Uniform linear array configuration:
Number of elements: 4
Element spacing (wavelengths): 0.5
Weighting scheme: binomial
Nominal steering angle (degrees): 60
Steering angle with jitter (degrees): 60.672
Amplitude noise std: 0.05
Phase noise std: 0.05

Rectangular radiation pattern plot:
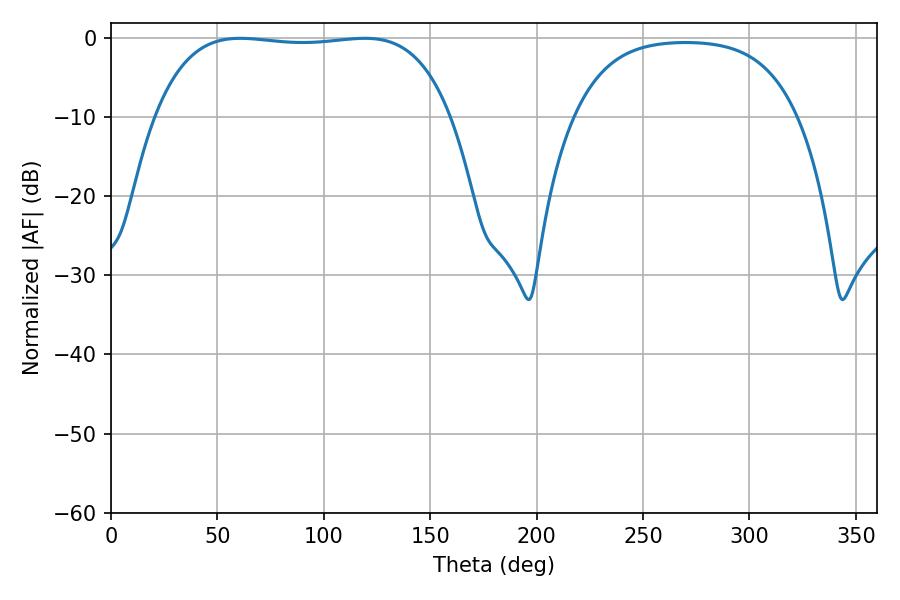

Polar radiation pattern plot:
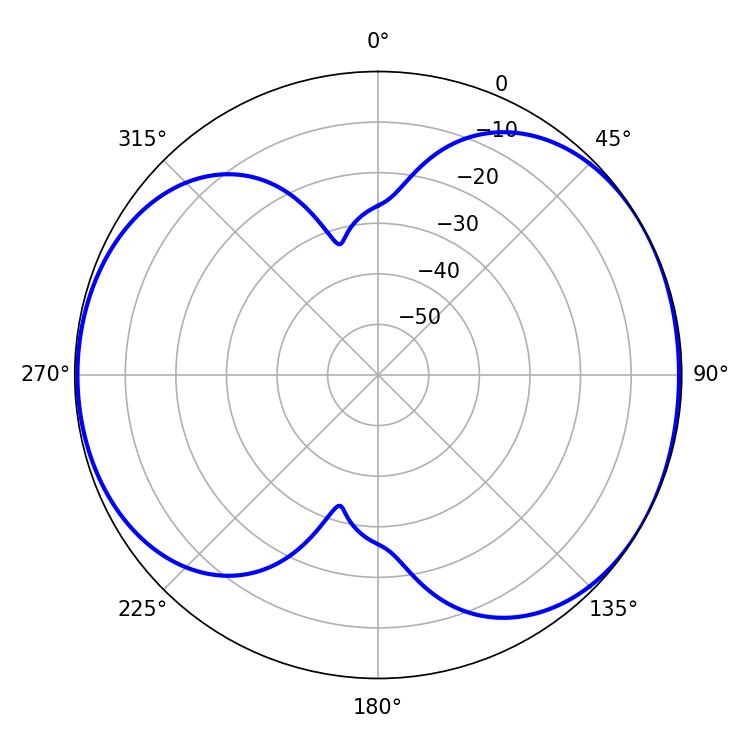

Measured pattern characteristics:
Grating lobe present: FALSE
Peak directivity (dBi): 5.665
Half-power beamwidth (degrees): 109.8
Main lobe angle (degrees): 60.66